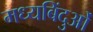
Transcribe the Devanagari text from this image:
मध्यबिंदुओं